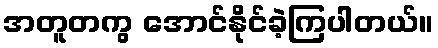
အတူတကွ အောင်နိုင်ခဲ့ကြပါတယ်။